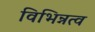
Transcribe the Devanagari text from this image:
विभिन्नत्व